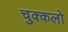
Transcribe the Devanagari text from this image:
चुक्कलो